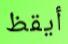
أيقظ